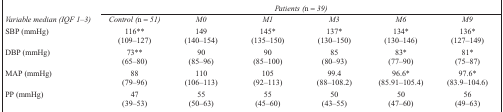
<table><thead><tr><td></td><td colspan="6"><b><i>Patients (n = 39)</i></b></td></tr><tr><td><b><i>Variable median (IQF 1–3)</i></b></td><td><b><i>Control (n = 51)</i></b></td><td><b><i>M0</i></b></td><td><b><i>M1</i></b></td><td><b><i>M3</i></b></td><td><b><i>M6</i></b></td><td><b><i>M9</i></b></td></tr></thead><tbody><tr><td rowspan="2">SBP (mmHg)</td><td>116**</td><td>149</td><td>145*</td><td>137*</td><td>134*</td><td>136*</td></tr><tr><td>(109–127)</td><td>(140–154)</td><td>(135–150)</td><td>(130–150)</td><td>(130–146)</td><td>(127–149)</td></tr><tr><td rowspan="2">DBP (mmHg)</td><td>73**</td><td>90</td><td>90</td><td>85</td><td>83*</td><td>81*</td></tr><tr><td>(65–80)</td><td>(85–96)</td><td>(85–100)</td><td>(80–93)</td><td>(77–90)</td><td>(75–87)</td></tr><tr><td rowspan="2">MAP (mmHg)</td><td>88</td><td>110</td><td>105</td><td>99.4</td><td>96.6*</td><td>97.6*</td></tr><tr><td>(79–96)</td><td>(106–113)</td><td>(92–113)</td><td>(88–108.2)</td><td>(85.91–105.4)</td><td>(83.9–104.6)</td></tr><tr><td rowspan="2">PP (mmHg)</td><td>47</td><td>55</td><td>55</td><td>50</td><td>50</td><td>56</td></tr><tr><td>(39–53)</td><td>(50–63)</td><td>(45–60)</td><td>(43–55)</td><td>(47–60)</td><td>(49–63)</td></tr></tbody></table>